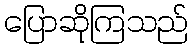
ပြောဆိုကြသည်